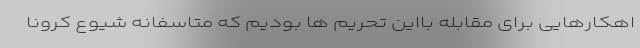
اهکارهایی برای مقابله بااین تحریم ها بودیم که متاسفانه شیوع کرونا